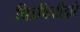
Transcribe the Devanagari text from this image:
चित्रफितीद्वारे